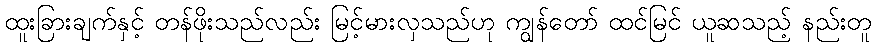
ထူးခြားချက်နှင့် တန်ဖိုးသည်လည်း မြင့်မားလှသည်ဟု ကျွန်တော် ထင်မြင် ယူဆသည့် နည်းတူ